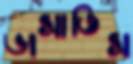
ভাসাতিস